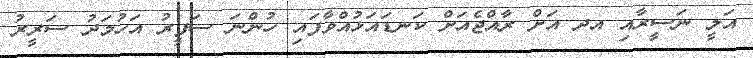
އަލީ ނަސީރާއި އދ އަށް ރާއްޖެއަށް ކަނޑައަޅުއްވާފައި ހުންނަ ސަފީރު އަހުމަދު ސަރީރު